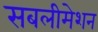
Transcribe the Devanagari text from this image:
सबलीमेशन